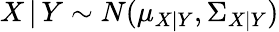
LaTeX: X\, |\, Y\sim N(\mu_{X|Y},\Sigma_{X|Y})